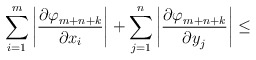
\begin{align*}\sum\limits_{i=1}^m {\left| \frac{{\partial \varphi }_{m+n+k}}{{\partial x}_{i}} \right|+\sum\limits_{j=1}^n \left| \frac{{\partial \varphi }_{m+n+k}}{{\partial y}_{j}} \right| } \le\end{align*}